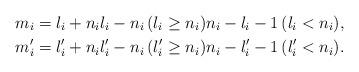
LaTeX: \begin{align*}&m_i = l_i + n_i l_i - n_i\, (l_i \geq n_i) n_i - l_i - 1 \,(l_i < n_i), \\&m'_i = l'_i + n_i l'_i - n_i \,(l'_i \geq n_i) n_i - l'_i - 1 \,(l'_i < n_i).\end{align*}